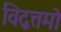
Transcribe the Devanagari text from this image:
विद्वत्तमो